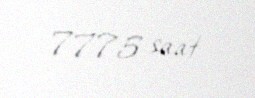
7775 saat